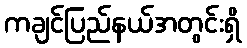
ကချင်ပြည်နယ်အတွင်းရှိ